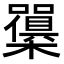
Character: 𭬫